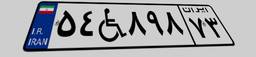
۵۴W۸۹۸۷۳